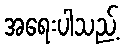
အရေးပါသည့်